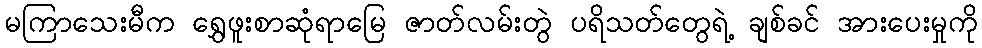
မကြာသေးမီက ရွှေဖူးစာဆုံရာမြေ ဇာတ်လမ်းတွဲ ပရိသတ်တွေရဲ့ ချစ်ခင် အားပေးမှုကို